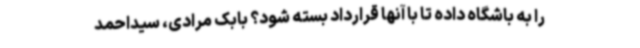
را به باشگاه داده تا با آنها قرارداد بسته شود؟ بابک مرادی، سیداحمد